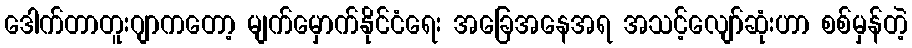
ဒေါက်တာတူးဂျာကတော့ မျက်မှောက်နိုင်ငံရေး အခြေအနေအရ အသင့်လျော်ဆုံးဟာ စစ်မှန်တဲ့